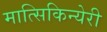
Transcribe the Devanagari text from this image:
मात्सिकिन्येरी